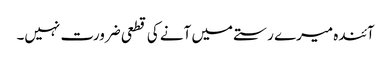
آئندہ میرے رستے میں آنے کی قطعی ضرورت نہیں۔